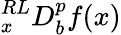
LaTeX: {}_{x}^{RL}D_{b}^{p}f(x)